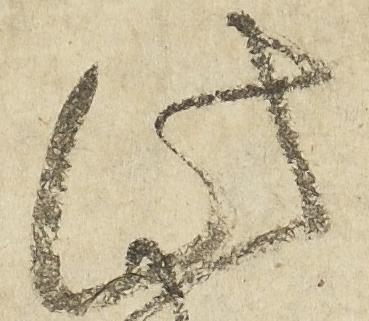
此